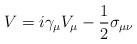
LaTeX: \begin{align*}V = i \gamma_{\mu} V_{\mu} -\frac{1}{2} \sigma_{\mu \nu}\end{align*}